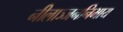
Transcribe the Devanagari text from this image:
नीलाञ्जननिभाय